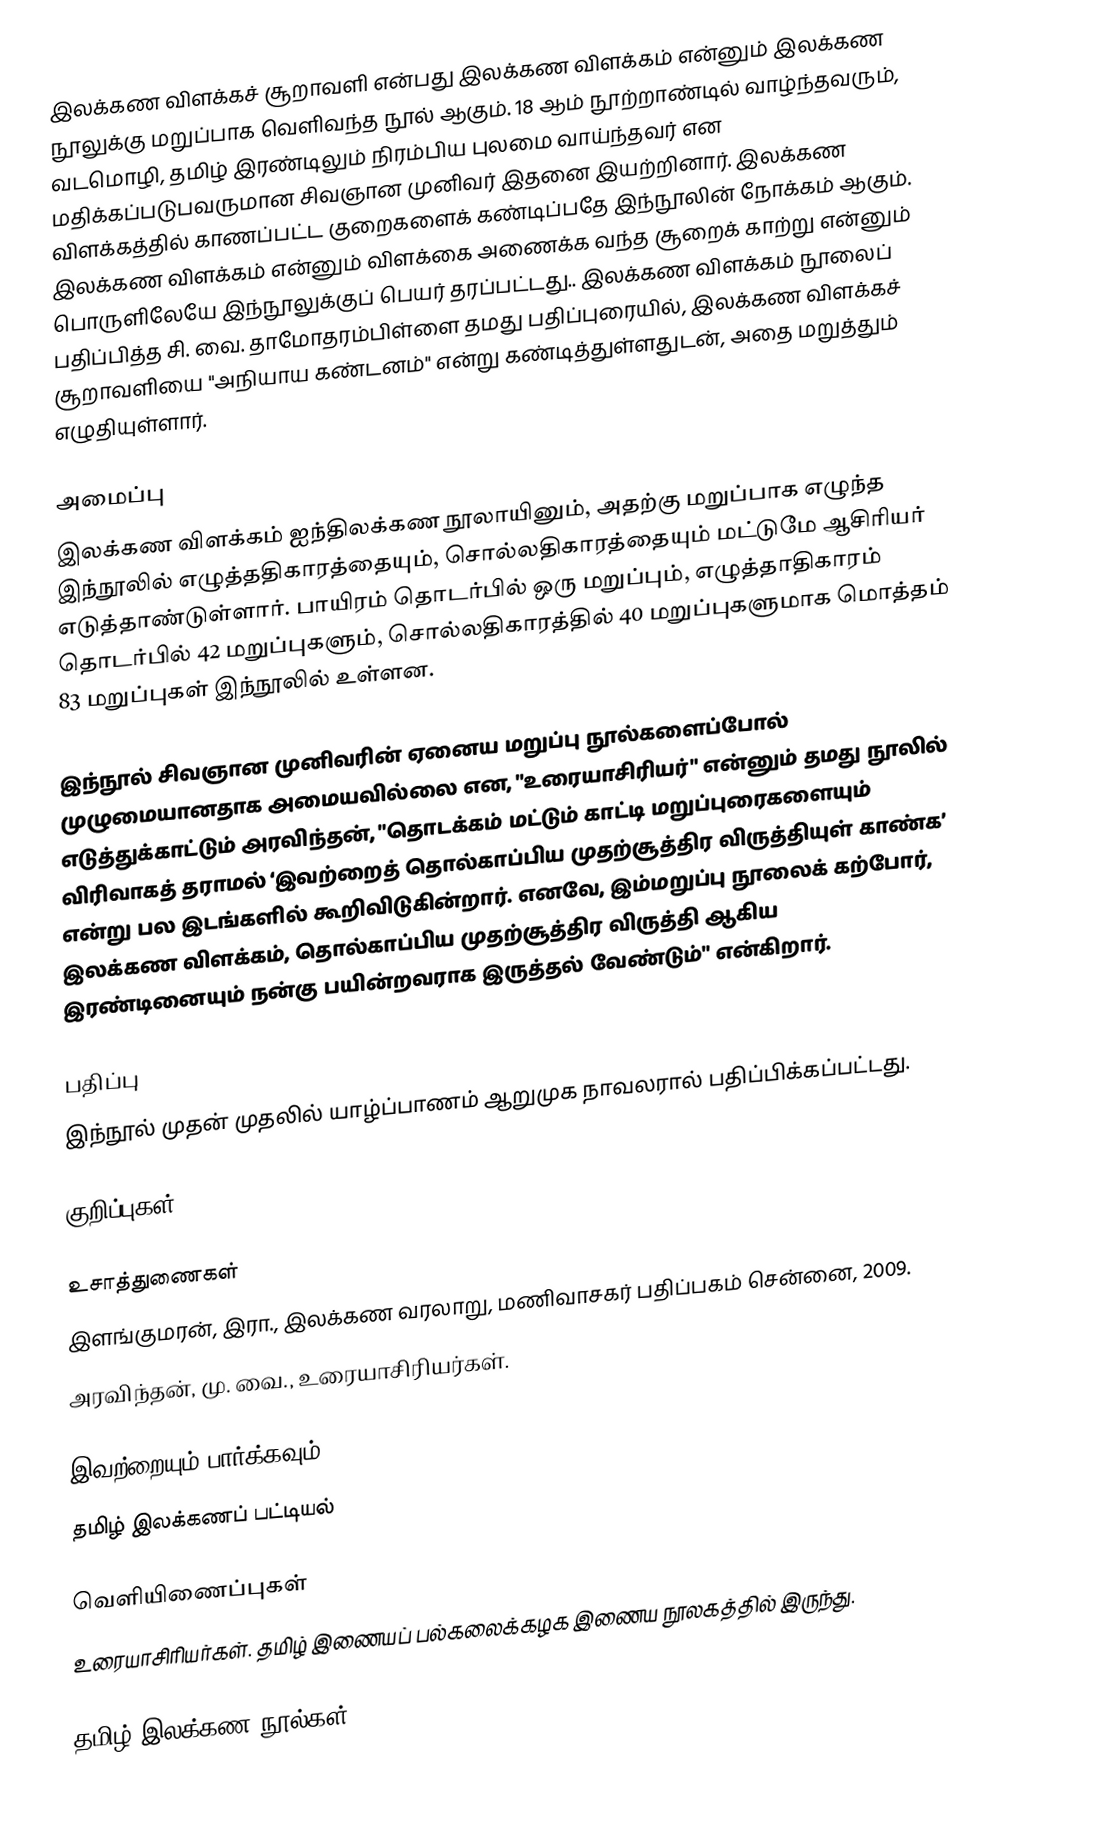
இலக்கண விளக்கச் சூறாவளி என்பது இலக்கண விளக்கம் என்னும் இலக்கண நூலுக்கு மறுப்பாக வெளிவந்த நூல் ஆகும். 18 ஆம் நூற்றாண்டில் வாழ்ந்தவரும், வடமொழி, தமிழ் இரண்டிலும் நிரம்பிய புலமை வாய்ந்தவர் என மதிக்கப்படுபவருமான சிவஞான முனிவர் இதனை இயற்றினார். இலக்கண விளக்கத்தில் காணப்பட்ட குறைகளைக் கண்டிப்பதே இந்நூலின் நோக்கம் ஆகும். இலக்கண விளக்கம் என்னும் விளக்கை அணைக்க வந்த சூறைக் காற்று என்னும் பொருளிலேயே இந்நூலுக்குப் பெயர் தரப்பட்டது.. இலக்கண விளக்கம் நூலைப் பதிப்பித்த சி. வை. தாமோதரம்பிள்ளை தமது பதிப்புரையில், இலக்கண விளக்கச் சூறாவளியை "அநியாய கண்டனம்" என்று கண்டித்துள்ளதுடன், அதை மறுத்தும் எழுதியுள்ளார்.

அமைப்பு
இலக்கண விளக்கம் ஐந்திலக்கண நூலாயினும், அதற்கு மறுப்பாக எழுந்த இந்நூலில் எழுத்ததிகாரத்தையும், சொல்லதிகாரத்தையும் மட்டுமே ஆசிரியர் எடுத்தாண்டுள்ளார். பாயிரம் தொடர்பில் ஒரு மறுப்பும், எழுத்தாதிகாரம் தொடர்பில் 42 மறுப்புகளும், சொல்லதிகாரத்தில் 40 மறுப்புகளுமாக மொத்தம் 83 மறுப்புகள் இந்நூலில் உள்ளன.

இந்நூல் சிவஞான முனிவரின் ஏனைய மறுப்பு நூல்களைப்போல் முழுமையானதாக அமையவில்லை என, "உரையாசிரியர்" என்னும் தமது நூலில் எடுத்துக்காட்டும் அரவிந்தன், "தொடக்கம் மட்டும் காட்டி மறுப்புரைகளையும் விரிவாகத் தராமல் ‘இவற்றைத் தொல்காப்பிய முதற்சூத்திர விருத்தியுள் காண்க’ என்று பல இடங்களில் கூறிவிடுகின்றார். எனவே, இம்மறுப்பு நூலைக் கற்போர், இலக்கண விளக்கம், தொல்காப்பிய முதற்சூத்திர விருத்தி ஆகிய இரண்டினையும் நன்கு பயின்றவராக இருத்தல் வேண்டும்" என்கிறார்.

பதிப்பு
இந்நூல் முதன் முதலில் யாழ்ப்பாணம் ஆறுமுக நாவலரால் பதிப்பிக்கப்பட்டது.

குறிப்புகள்

உசாத்துணைகள்
 இளங்குமரன், இரா., இலக்கண வரலாறு, மணிவாசகர் பதிப்பகம் சென்னை, 2009.
 அரவிந்தன், மு. வை., உரையாசிரியர்கள்.

இவற்றையும் பார்க்கவும்
 தமிழ் இலக்கணப் பட்டியல்

வெளியிணைப்புகள்
 உரையாசிரியர்கள். தமிழ் இணையப் பல்கலைக்கழக இணைய நூலகத்தில் இருந்து.

தமிழ் இலக்கண நூல்கள்